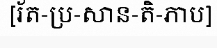
[រ័ត-ប្រ-សាន-តិ-ភាប]